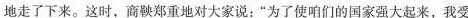
地走了下来。这时，商鞅郑重地对大家说：”为了咱们的国家强大起来，我受